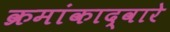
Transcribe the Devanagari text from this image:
क्रमांकाद्वारे